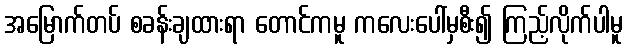
အမြောက်တပ် စခန်းချထားရာ တောင်ကမူ ကလေးပေါ်မှစီး၍ ကြည့်လိုက်ပါမူ